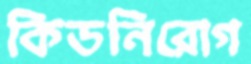
কিডনিরোগ